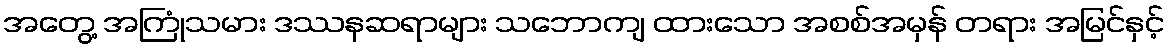
အတွေ့ အကြုံသမား ဒဿနဆရာများ သဘောကျ ထားသော အစစ်အမှန် တရား အမြင်နှင့်